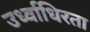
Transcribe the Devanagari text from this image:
उर्ध्वाधिरता